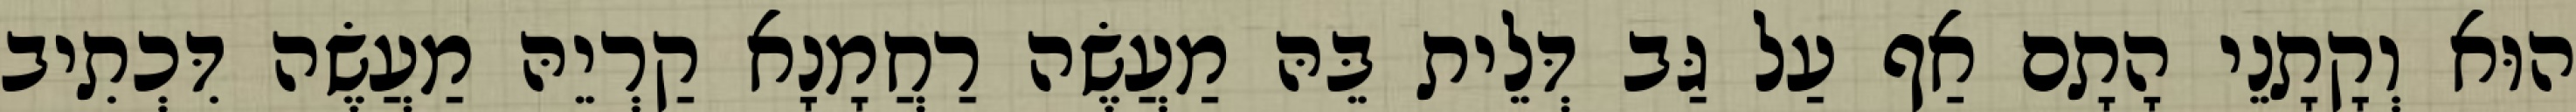
הוּא וְקָתָנֵי הָתָם אַף עַל גַּב דְּלֵית בֵּהּ מַעֲשֶׂה רַחֲמָנָא קַרְיֵהּ מַעֲשֶׂה דִּכְתִיב